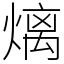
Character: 㷰